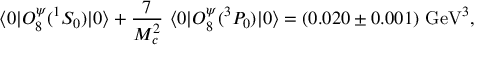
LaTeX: \langle 0 | O _ { 8 } ^ { \psi } ( ^ { 1 } S _ { 0 } ) | 0 \rangle + { \frac { 7 } { M _ { c } ^ { 2 } } } ~ \langle 0 | O _ { 8 } ^ { \psi } ( ^ { 3 } P _ { 0 } ) | 0 \rangle = ( 0 . 0 2 0 \pm 0 . 0 0 1 ) ~ \mathrm { G e V } ^ { 3 } ,